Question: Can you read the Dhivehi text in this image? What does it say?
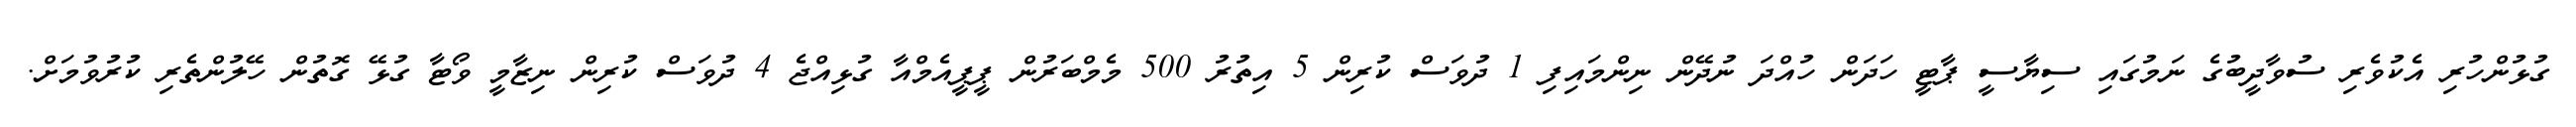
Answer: ގުޅުންހުރި އެކުވެރި ސުވާދީބުގެ ނަމުގައި ސިޔާސީ ޕާޓީ ހަދަން ހުއްދަ ނުދޭން ނިންމައިފި 1 ދުވަސް ކުރިން 5 އިތުރު 500 މެމްބަރުން ޕީޕީއެމްއާ ގުޅިއްޖެ 4 ދުވަސް ކުރިން ނިޒާމީ ވޯޓާ ގުޅޭ ގޮތުން ހޭލުންތެރި ކުރުވުމަށް.